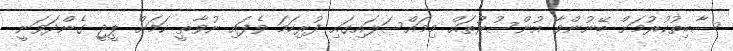
ސާބިތުކުރުމަށް ބޭނުންވާ އުންސުރުތައް މިމައްސަލައިގައި ފުރިހަމަ ވެފައި ނުވާތީ ކަމަށް ޕީޖީ ގެންދަވަނީ